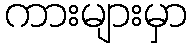
ကားများမှာ